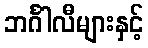
ဘင်္ဂါလီများနှင့်